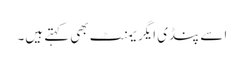
اسے پنڈی ایگریمنٹ بھی کہتے ہیں۔